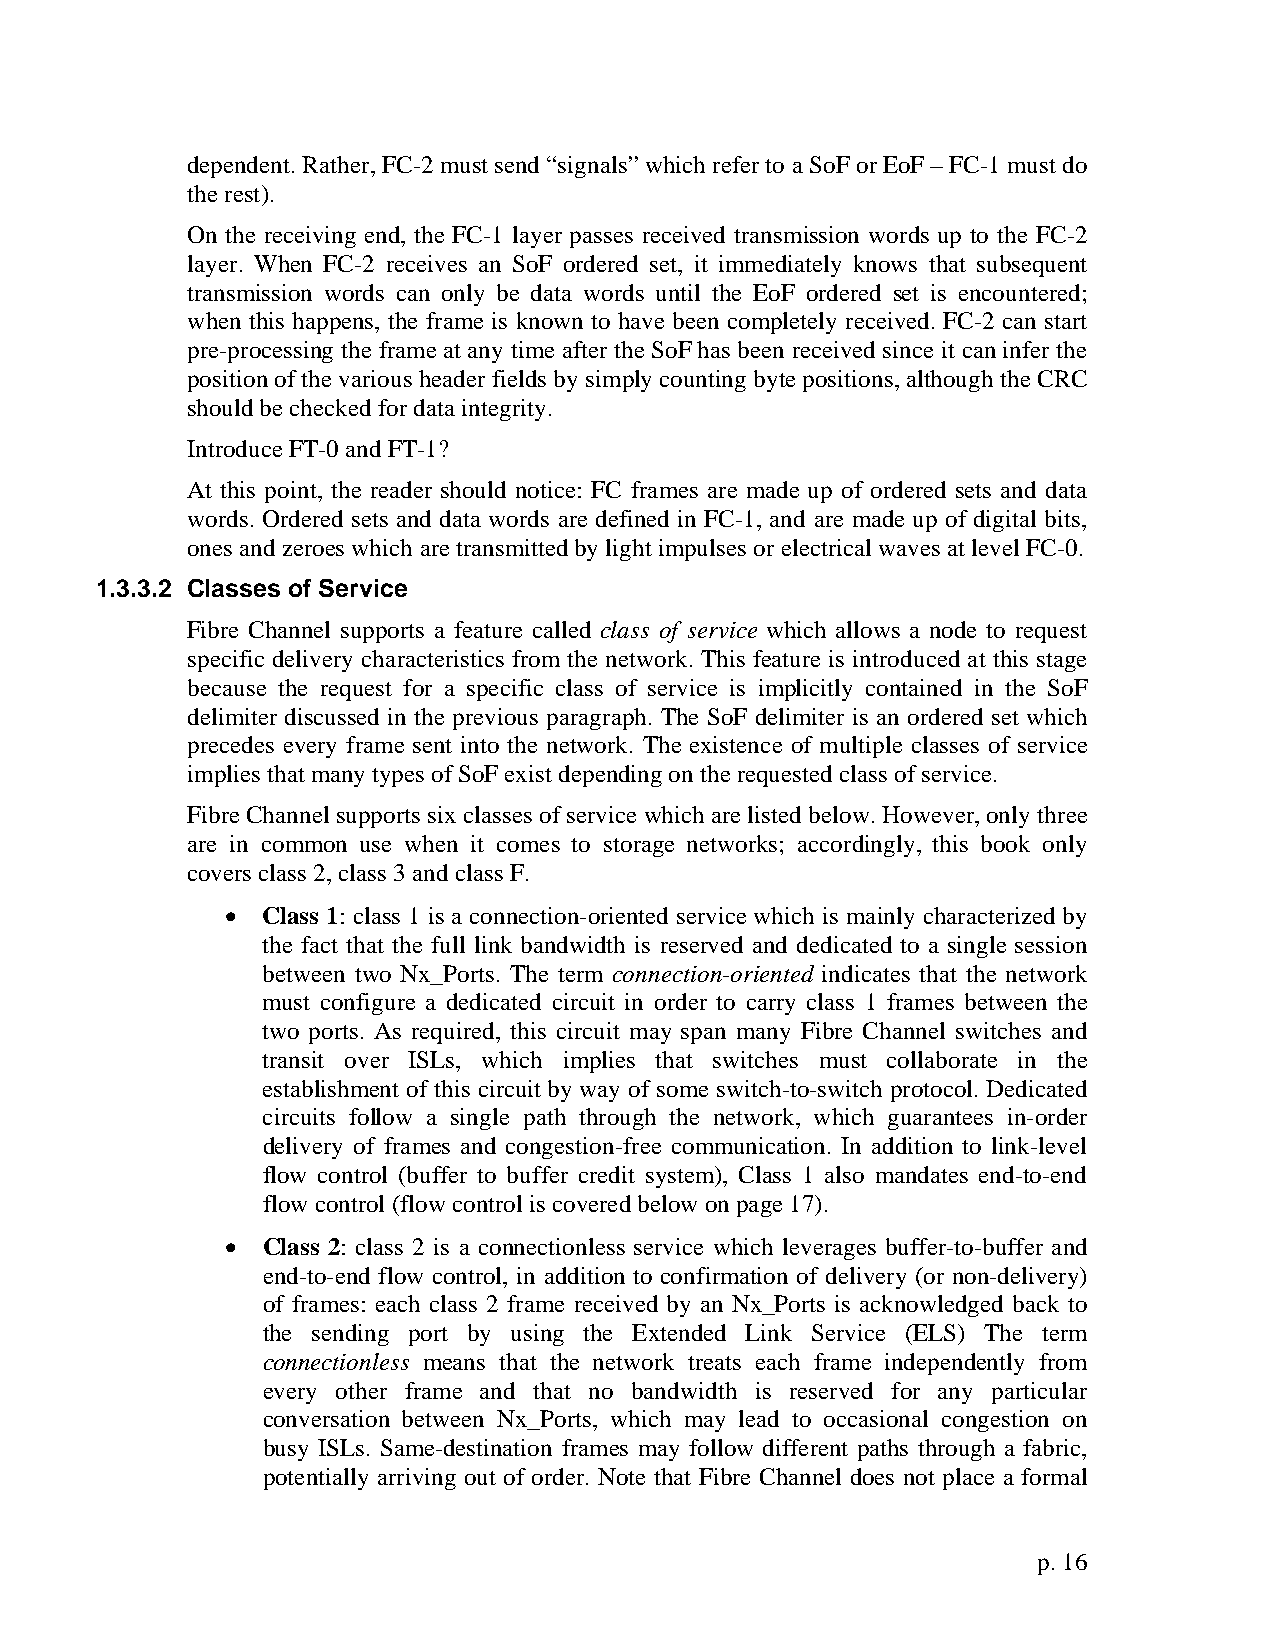
dependent. Rather, FC-2 must send “signals” which refer to a SoF or EoF – FC-1 must do
 the rest).
 On the receiving end, the FC-1 layer passes received transmission words up to the FC-2
 layer. When FC-2 receives an SoF ordered set, it immediately knows that subsequent
 transmission words can only be data words until the EoF ordered set is encountered;
 when this happens, the frame is known to have been completely received. FC-2 can start
 pre-processing the frame at any time after the SoF has been received since it can infer the
 position of the various header fields by simply counting byte positions, although the CRC
 should be checked for data integrity.
 Introduce FT-0 and FT-1?
 At this point, the reader should notice: FC frames are made up of ordered sets and data
 words. Ordered sets and data words are defined in FC-1, and are made up of digital bits,
 ones and zeroes which are transmitted by light impulses or electrical waves at level FC-0.
 1.3.3.2 Classes of Service
 Fibre Channel supports a feature called class of service which allows a node to request
 specific delivery characteristics from the network. This feature is introduced at this stage
 because the request for a specific class of service is implicitly contained in the SoF
 delimiter discussed in the previous paragraph. The SoF delimiter is an ordered set which
 precedes every frame sent into the network. The existence of multiple classes of service
 implies that many types of SoF exist depending on the requested class of service.
 Fibre Channel supports six classes of service which are listed below. However, only three
 are in common use when it comes to storage networks; accordingly, this book only
 covers class 2, class 3 and class F.
 • Class 1: class 1 is a connection-oriented service which is mainly characterized by
 the fact that the full link bandwidth is reserved and dedicated to a single session
 between two Nx_Ports. The term connection-oriented indicates that the network
 must configure a dedicated circuit in order to carry class 1 frames between the
 two ports. As required, this circuit may span many Fibre Channel switches and
 transit over ISLs, which implies that switches must collaborate in the
 establishment of this circuit by way of some switch-to-switch protocol. Dedicated
 circuits follow a single path through the network, which guarantees in-order
 delivery of frames and congestion-free communication. In addition to link-level
 flow control (buffer to buffer credit system), Class 1 also mandates end-to-end
 flow control (flow control is covered below on page 17).
 • Class 2: class 2 is a connectionless service which leverages buffer-to-buffer and
 end-to-end flow control, in addition to confirmation of delivery (or non-delivery)
 of frames: each class 2 frame received by an Nx_Ports is acknowledged back to
 the sending port by using the Extended Link Service (ELS) The term
 connectionless means that the network treats each frame independently from
 every other frame and that no bandwidth is reserved for any particular
 conversation between Nx_Ports, which may lead to occasional congestion on
 busy ISLs. Same-destination frames may follow different paths through a fabric,
 potentially arriving out of order. Note that Fibre Channel does not place a formal
 p. 16